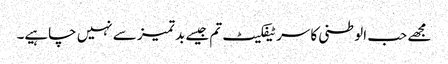
مجھے حب الوطنی کا سرٹیفکیٹ تم جیسے بد تمیز سے نہیں چاہیے۔